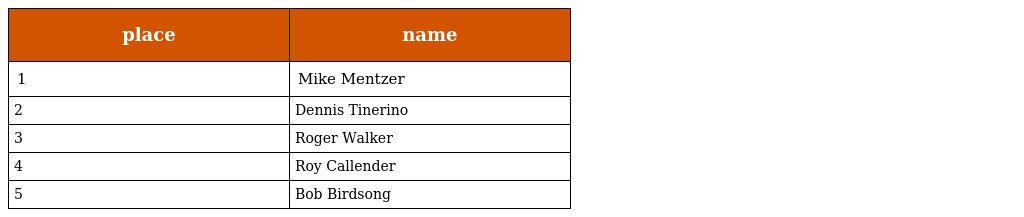
| place | name |
 | --- | --- |
 | 1 | Mike Mentzer |
 | 2 | Dennis Tinerino |
 | 3 | Roger Walker |
 | 4 | Roy Callender |
 | 5 | Bob Birdsong |